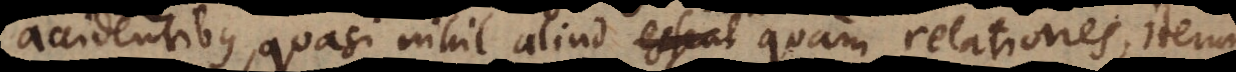
accidentibus, quasi nihil aliud sint quam relationes, iterum